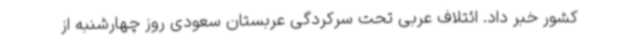
کشور خبر داد. ائتلاف عربی تحت سرکردگی عربستان سعودی روز چهارشنبه از